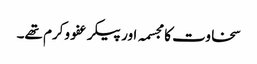
سخاوت کا مجسمہ اور پیکر عفو وکرم تھے۔